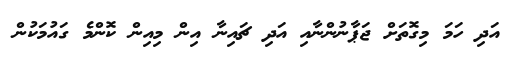
އަދި ހަމަ މިގޮތަށް ޖަޕާނުންނާއި އަދި ޗައިނާ އިން މިިއިން ކޮންމެ ގައުމަކުން